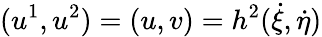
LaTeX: (u^{1},u^{2})=(u,v)=h^{2}(\dot{\xi},\dot{\eta})